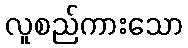
လူစည်ကားသော